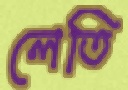
লেতি